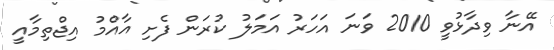
އޭނާ ވިދާޅުވީ 2010 ވަނަ އަހަރު އަމަލު ކުރަން ފެށި އާއްމު އިޖްތިމާއީ